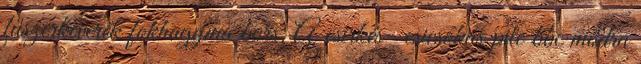
fűszerkeverék fokhagyma bors. A csirkés- csicsókás pite bbc módra